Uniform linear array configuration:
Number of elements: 8
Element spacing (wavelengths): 0.25
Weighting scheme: cosine
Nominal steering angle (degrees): -45
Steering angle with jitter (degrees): -45.021
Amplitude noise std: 0.05
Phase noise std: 0.05

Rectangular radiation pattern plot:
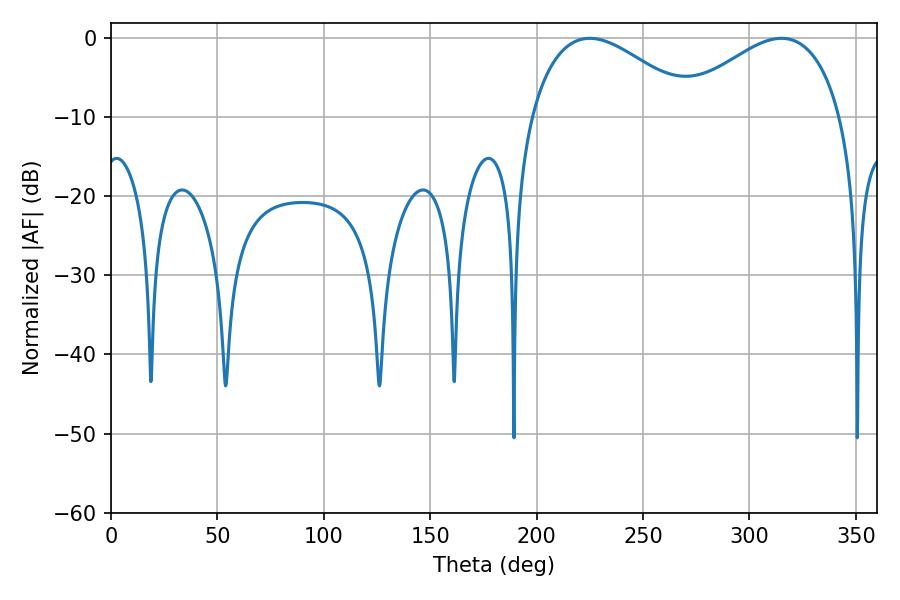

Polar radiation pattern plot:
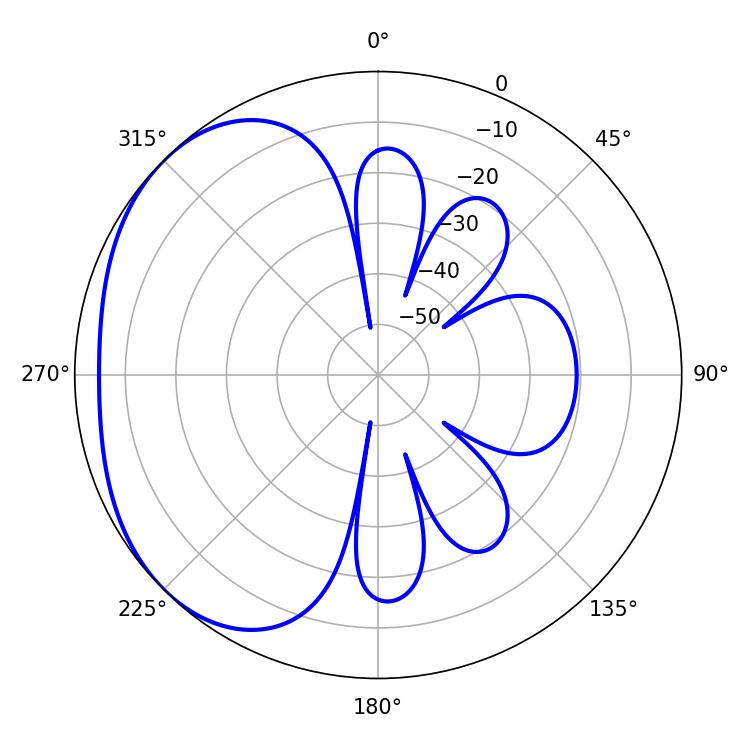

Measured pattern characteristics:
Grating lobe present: FALSE
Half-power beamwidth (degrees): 42.48
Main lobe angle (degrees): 225